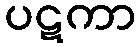
ပဋကာ